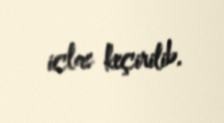
iclas keçirilib.